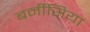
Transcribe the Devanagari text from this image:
बर्नीसिया